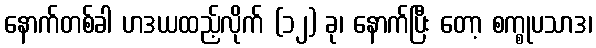
နောက်တစ်ခါ ဟဒယထည့်လိုက် (၁၂) ခု၊ နောက်ပြီး တော့ စက္စုပသာဒ၊